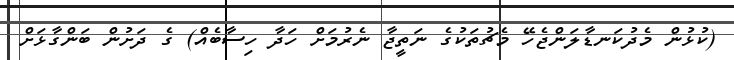
(ކުޅުން މެދުކަނޑާލަންޖެހޭ މެޗުތަކުގެ ނަތީޖާ ނެރުމަށް ހަދާ ހިސާބެއް) ގެ ދަށުން ބަންގާޅަށް